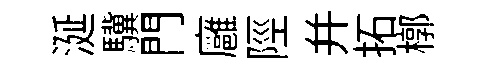
涎驥門廱陘并拓槨